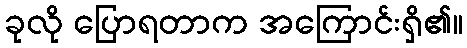
ခုလို ပြောရတာက အကြောင်းရှိ၏။